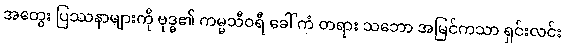
အတွေး ပြဿနာများကို ဗုဒ္ဓ၏ ကမ္မသီဝရီ ခေါ် ကံ တရား သဘော အမြင်ကသာ ရှင်းလင်း